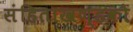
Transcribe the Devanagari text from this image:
संहिताखण्डको